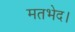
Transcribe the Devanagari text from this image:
मतभेद।